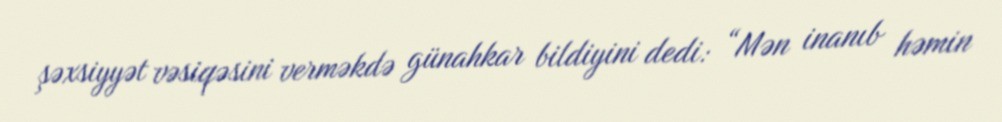
şəxsiyyət vəsiqəsini verməkdə günahkar bildiyini dedi: “Mən inanıb həmin